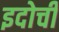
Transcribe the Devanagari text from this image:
इदोची